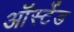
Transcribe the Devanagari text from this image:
ऑर्स्टेड